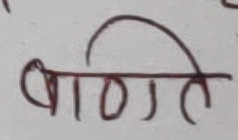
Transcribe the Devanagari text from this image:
बाणित